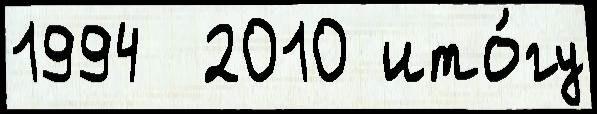
1994  2010 ито́гу